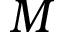
M